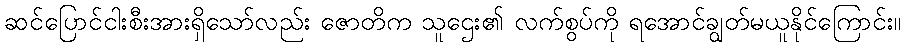
ဆင်ပြောင်ငါးစီးအားရှိသော်လည်း ဇောတိက သူဌေး၏ လက်စွပ်ကို ရအောင်ချွတ်မယူနိုင်ကြောင်း။